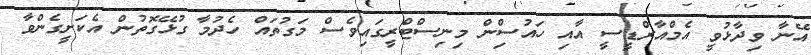
އޭނާ ވިދާޅުވީ އެމްއާރްޑީސީ އާއި ހައުސިްން މިނިސްޓްރީގައިވެސް މަގުތައް ހެދުމާ ގުޅޭގޮތުން އެކަށީގެންވާ